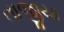
તાજીયા